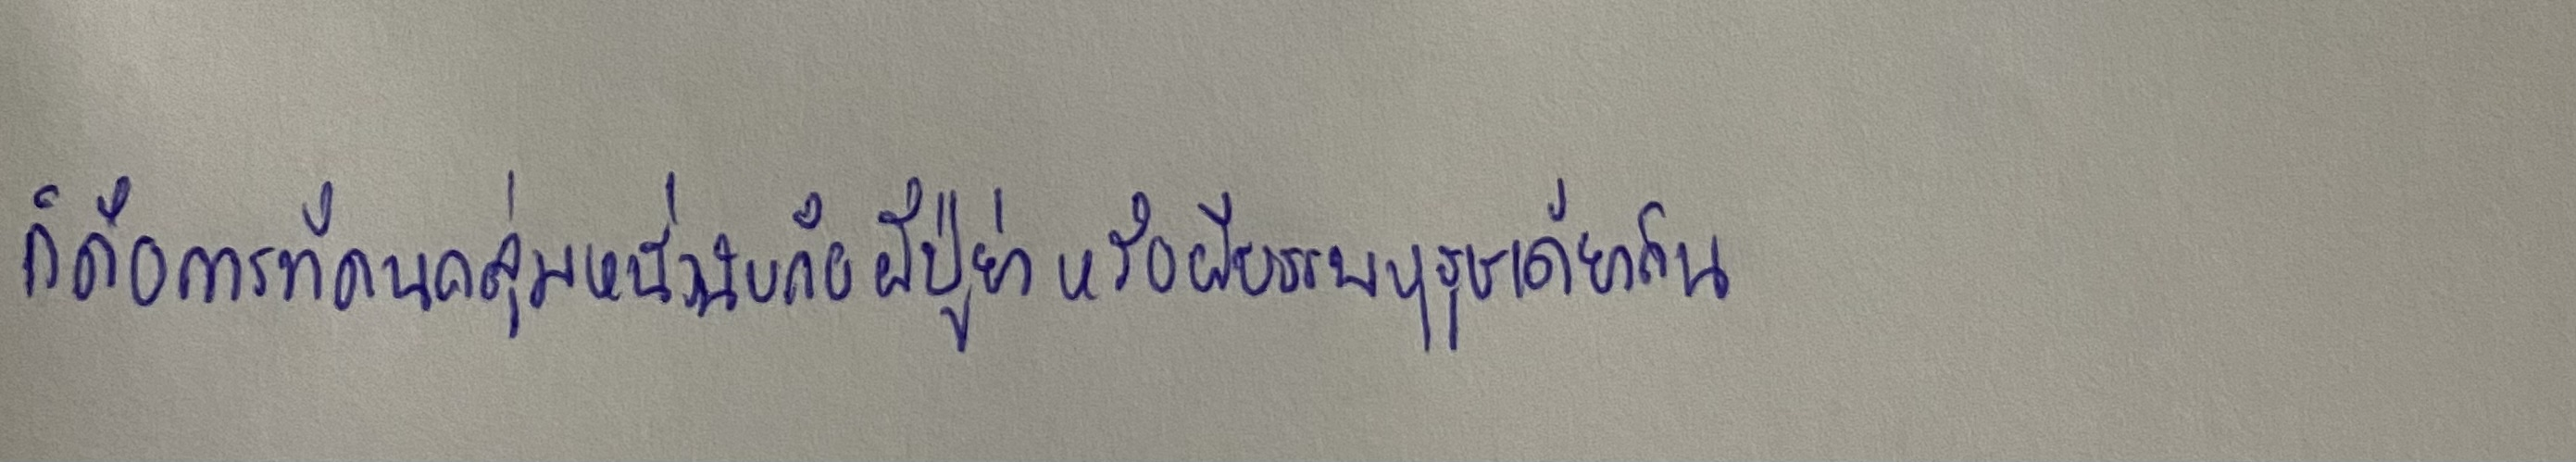
ก็คือการที่คนกลุ่มหนึ่งนับถือผีปูย่าหรือผีบรรพบุรุษเดียวกัน